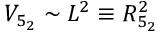
V _ { 5 _ { 2 } } \sim L ^ { 2 } \equiv R _ { 5 _ { 2 } } ^ { 2 }